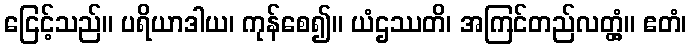
ငြေင့်သည်။ ပရိယာဒါယ၊ ကုန်စေ၍။ ယံဌဿတိ၊ အကြင်တည်လတ္တံ့။ ဧတံ၊